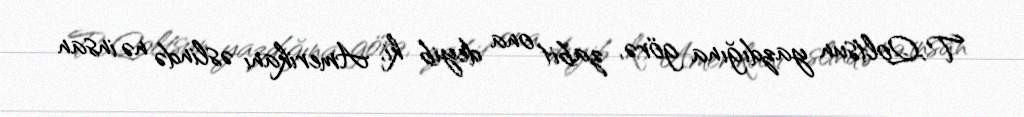
T.Qoltsun yazdığına görə, zabit ona deyib ki, Amerikanı əslində nə insan